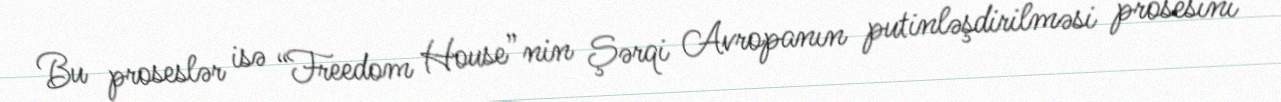
Bu proseslər isə “Freedom House”nin Şərqi Avropanın putinləşdirilməsi prosesini